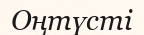
Оңтүсті